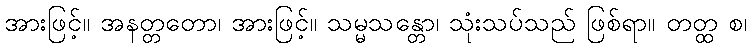
အားဖြင့်။ အနတ္တတော၊ အားဖြင့်။ သမ္မသန္တော၊ သုံးသပ်သည် ဖြစ်ရာ။ တတ္ထ စ၊